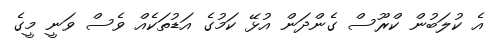
އެ ކުލަބުން ކްރޫސް ގެންދަން އުޅޭ ކަމުގެ އަޑުތަކެއް ވެސް ވަނީ މީގެ